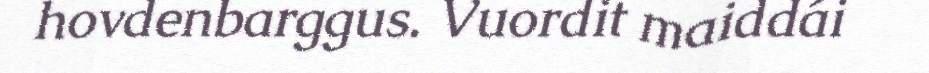
hovdenbarggus. Vuordit maiddái